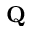
\mathbf { Q }